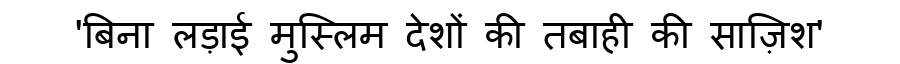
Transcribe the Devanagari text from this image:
'बिना लड़ाई मुस्लिम देशों की तबाही की साज़िश'